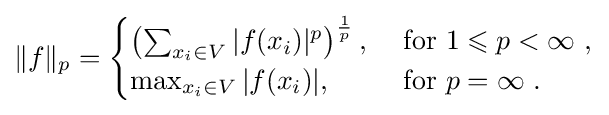
\|f\|_{p}={\begin{cases}\left(\sum _{x_{i}\in V}|f(x_{i})|^{p}\right)^{\frac {1}{p}},&{\text{ for }}1\leqslant p<\infty \ ,\\\max _{x_{i}\in V}|f(x_{i})|,&{\text{ for }}p=\infty \ .\end{cases}}